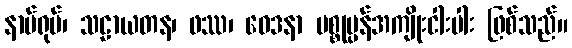
နာမ်ရုပ်၊ သဠာယတန၊ ဖဿ၊ ဝေဒနာ ပစ္စုပ္ပန်အကျိုးငါးပါး ဖြစ်သည်။